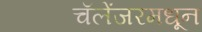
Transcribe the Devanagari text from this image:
चॅलेंजरमधून